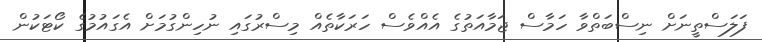
ފަލަސްތީނަށް ނިސްބަތްވާ ހަމާސް ޖަމާއަތުގެ އެއްވެސް ހަރަކާތެއް މިސްރުގައި ނުހިންގުމަށް އެގައުމުގެ ކޯޓަކުން